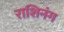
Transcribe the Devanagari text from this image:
राशिनंग